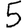
Digit: 5